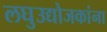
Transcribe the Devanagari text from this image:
लघुउद्योजकांना